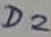
Text: D2